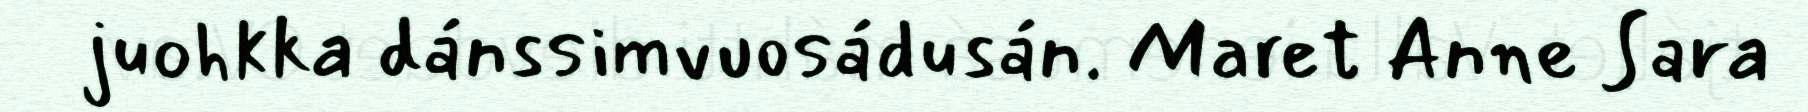
juohkka dánssimvuosádusán. Maret Anne Sara